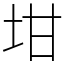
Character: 坩